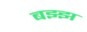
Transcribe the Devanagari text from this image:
बझ्झ